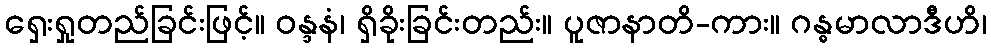
ရှေးရှုတည်ခြင်းဖြင့်။ ဝန္ဒနံ၊ ရှိခိုးခြင်းတည်း။ ပူဇာနာတိ-ကား။ ဂန္ဓမာလာဒီဟိ၊